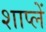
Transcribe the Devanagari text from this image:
शाप्लें